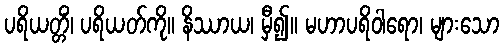
ပရိယတ္တိံ၊ ပရိယတ်ကို။ နိဿာယ၊ မှီ၍။ မဟာပရိဝါရော၊ များသော